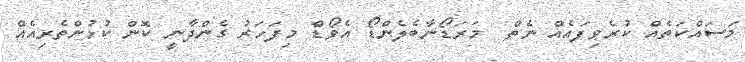
މަސައްކަތެއް ކުރެވިފައެއް ނެތް  މަރަޑޯނާބެލެންޑޯ އެވޯޑް މިފަހަރު ގެންދާނީ ކޮން ކުޅުންތެރިއެއް